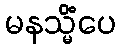
မနသ္မိံပေ